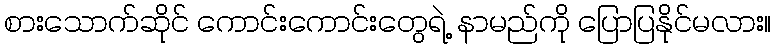
စားသောက်ဆိုင် ကောင်းကောင်းတွေရဲ့ နာမည်ကို ပြောပြနိုင်မလား။